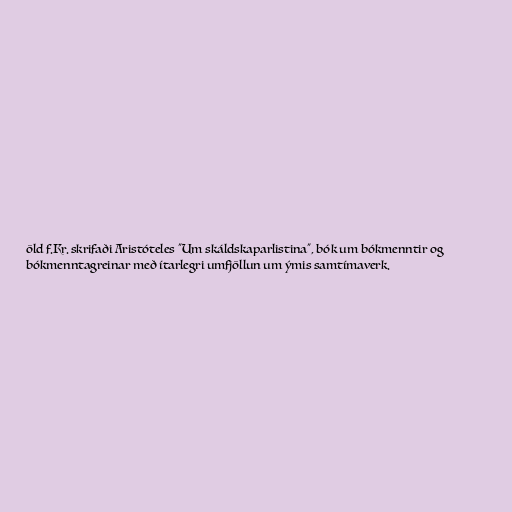
öld f.Kr. skrifaði Aristóteles "Um skáldskaparlistina", bók um bókmenntir og
bókmenntagreinar með ítarlegri umfjöllun um ýmis samtímaverk.